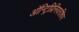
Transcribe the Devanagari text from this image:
ऑन्ट्रिप्रिनियरशिप